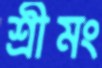
শ্রীমং